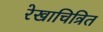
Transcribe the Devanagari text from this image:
रेखाचित्रित